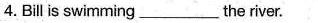
4.Bill is swimming ____the river.